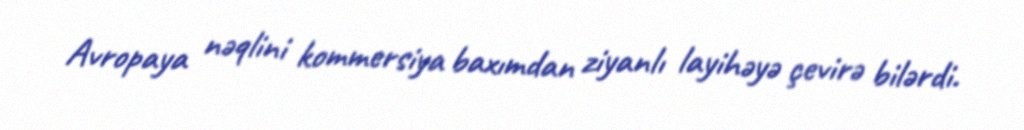
Avropaya nəqlini kommersiya baxımdan ziyanlı layihəyə çevirə bilərdi.